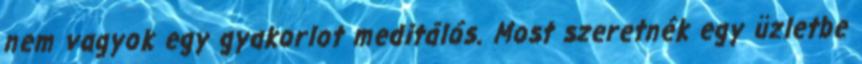
nem vagyok egy gyakorlot meditálós. Most szeretnék egy üzletbe